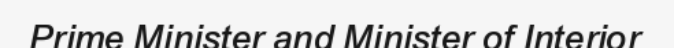
Prime Minister and Minister of Interior